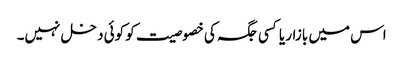
اس میں بازار یا کسی جگہ کی خصوصیت کو کوئی دخل نہیں۔